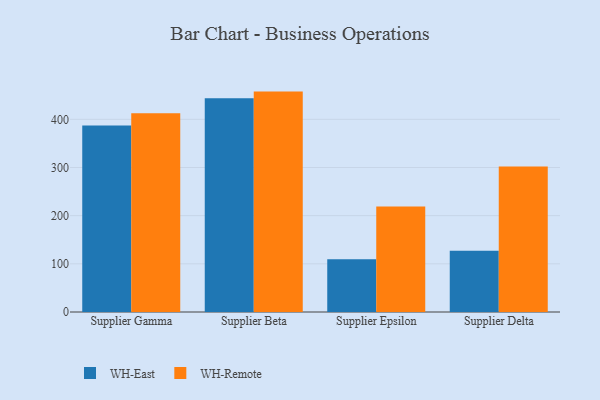
{"axis": {"x": "Supplier", "y": "Demand Index"}, "legend": ["WH-East", "WH-Remote"], "data": [{"x": "Supplier Gamma", "y": 387.3, "type": "WH-East"}, {"x": "Supplier Gamma", "y": 412.4, "type": "WH-Remote"}, {"x": "Supplier Beta", "y": 443.7, "type": "WH-East"}, {"x": "Supplier Beta", "y": 457.6, "type": "WH-Remote"}, {"x": "Supplier Epsilon", "y": 109.5, "type": "WH-East"}, {"x": "Supplier Epsilon", "y": 219.3, "type": "WH-Remote"}, {"x": "Supplier Delta", "y": 127.0, "type": "WH-East"}, {"x": "Supplier Delta", "y": 302.1, "type": "WH-Remote"}]}